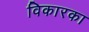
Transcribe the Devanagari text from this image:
विकारका